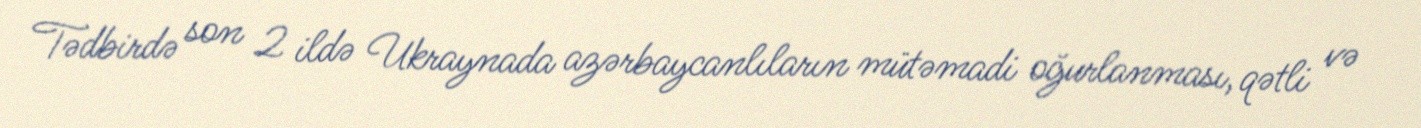
Tədbirdə son 2 ildə Ukraynada azərbaycanlıların mütəmadi oğurlanması, qətli və